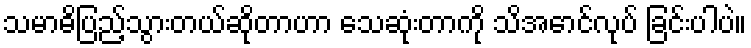
သမာဓိပြည့်သွားတယ်ဆိုတာဟာ သေဆုံးတာကို သိအောင်လုပ် ခြင်းပါပဲ။